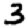
Digit: 3